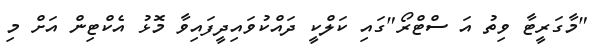
"މާގަރީޓާ ވިތު އަ ސްޓްރޯ"ގައި ކަލްކީ ދައްކުވައިދީފައިވާ މޮޅު އެކްޓިން އަށް މި